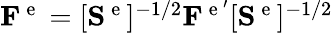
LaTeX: \begin{array}{r}{\mathbf{F}^{\mathrm{~e~}}=[\mathbf{S}^{\mathrm{~e~}}]^{-1/2}\mathbf{F}^{\mathrm{~e~}^{\prime}}[\mathbf{S}^{\mathrm{~e~}}]^{-1/2}}\end{array}